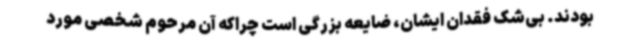
بودند. بی‌شک فقدان ایشان، ضایعه بزرگی است چراکه آن مرحوم شخصی مورد